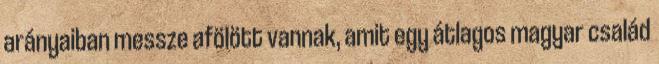
arányaiban messze afölött vannak, amit egy átlagos magyar család